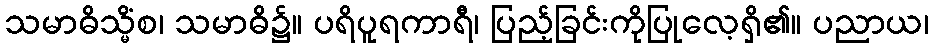
သမာဓိသ္မိံစ၊ သမာဓိ၌။ ပရိပူရကာရီ၊ ပြည့်ခြင်းကိုပြုလေ့ရှိ၏။ ပညာယ၊